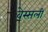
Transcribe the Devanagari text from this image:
वेस्सली